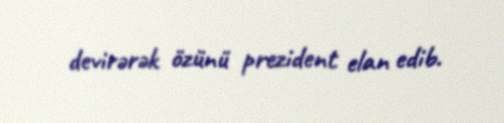
devirərək özünü prezident elan edib.